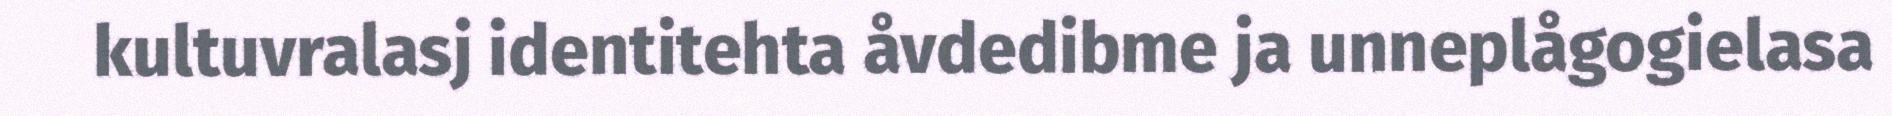
kultuvralasj identitehta åvdedibme ja unneplågogielasa